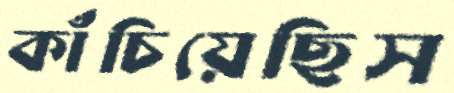
কাঁচিয়েছিস